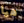
هيا